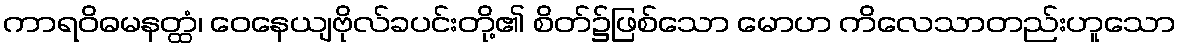
ကာရဝိဓမနတ္ထံ၊ ဝေနေယျဗိုလ်ခပင်းတို့၏ စိတ်၌ဖြစ်သော မောဟ ကိလေသာတည်းဟူသော